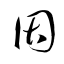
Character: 因